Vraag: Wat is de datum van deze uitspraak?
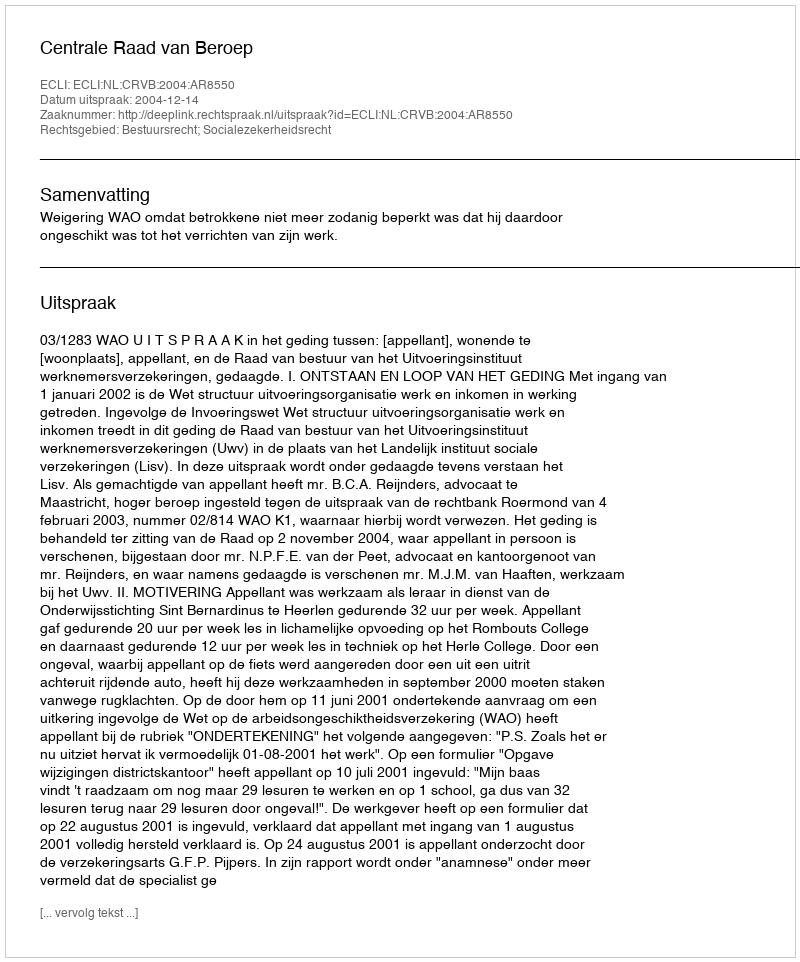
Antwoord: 2004-12-14